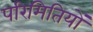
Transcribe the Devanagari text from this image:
परिमितियों